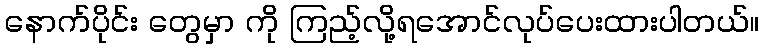
နောက်ပိုင်း တွေမှာ ကို ကြည့်လို့ရအောင်လုပ်ပေးထားပါတယ်။